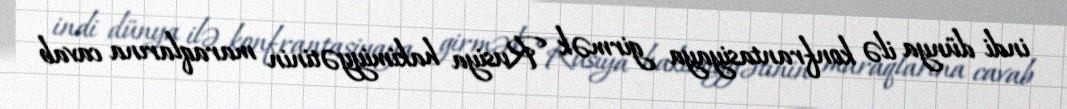
indi dünya ilə konfrantasiyaya girmək Rusiya hakimiyyətinin maraqlarına cavab